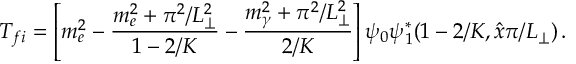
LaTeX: T _ { f i } = \left[ m _ { e } ^ { 2 } - \frac { m _ { e } ^ { 2 } + \pi ^ { 2 } / L _ { \perp } ^ { 2 } } { 1 - 2 / K } - \frac { m _ { \gamma } ^ { 2 } + \pi ^ { 2 } / L _ { \perp } ^ { 2 } } { 2 / K } \right] \psi _ { 0 } \psi _ { 1 } ^ { * } ( 1 - 2 / K , \hat { x } \pi / L _ { \perp } ) \, .